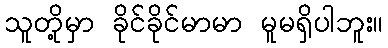
သူတို့မှာ ခိုင်ခိုင်မာမာ မူမရှိပါဘူး။